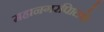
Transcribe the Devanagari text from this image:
महानगरपािलके